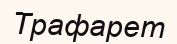
Трафарет